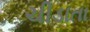
ચીડાતા